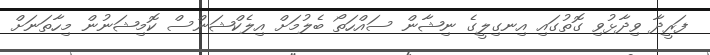
ފަރީދާ ވިދާޅުވި ގޮތުގައި އިނގިލީގެ ނިޝާން ސައްހަތޯ ބެލުމަށް އިލެކްޝަންސް ކޮމިޝަނުން މިހާތަނަށް